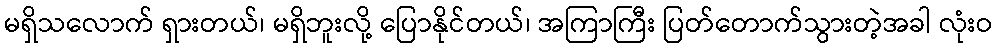
မရှိသလောက် ရှားတယ်၊ မရှိဘူးလို့ ပြောနိုင်တယ်၊ အကြာကြီး ပြတ်တောက်သွားတဲ့အခါ လုံးဝ